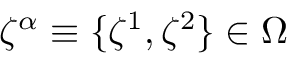
\zeta ^ { \alpha } \equiv \{ \zeta ^ { 1 } , \zeta ^ { 2 } \} \in \Omega